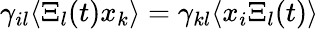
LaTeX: \gamma_{il}\langle\Xi_{l}(t)x_{k}\rangle=\gamma_{kl}\langle x_{i}\Xi_{l}(t)\rangle